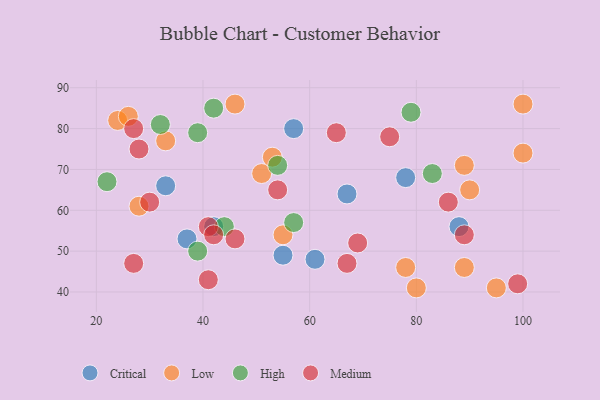
{"axis": {"x": "GDP", "y": "Life Expectancy"}, "legend": ["Critical", "High", "Low", "Medium"], "data": [{"x": "88", "y": 56, "type": "Critical"}, {"x": "78", "y": 68, "type": "Critical"}, {"x": "55", "y": 49, "type": "Critical"}, {"x": "37", "y": 53, "type": "Critical"}, {"x": "33", "y": 66, "type": "Critical"}, {"x": "42", "y": 56, "type": "Critical"}, {"x": "57", "y": 80, "type": "Critical"}, {"x": "61", "y": 48, "type": "Critical"}, {"x": "67", "y": 64, "type": "Critical"}, {"x": "55", "y": 54, "type": "Low"}, {"x": "51", "y": 69, "type": "Low"}, {"x": "100", "y": 86, "type": "Low"}, {"x": "95", "y": 41, "type": "Low"}, {"x": "33", "y": 77, "type": "Low"}, {"x": "24", "y": 82, "type": "Low"}, {"x": "28", "y": 61, "type": "Low"}, {"x": "89", "y": 46, "type": "Low"}, {"x": "78", "y": 46, "type": "Low"}, {"x": "90", "y": 65, "type": "Low"}, {"x": "26", "y": 83, "type": "Low"}, {"x": "100", "y": 74, "type": "Low"}, {"x": "89", "y": 71, "type": "Low"}, {"x": "53", "y": 73, "type": "Low"}, {"x": "46", "y": 86, "type": "Low"}, {"x": "80", "y": 41, "type": "Low"}, {"x": "22", "y": 67, "type": "High"}, {"x": "79", "y": 84, "type": "High"}, {"x": "32", "y": 81, "type": "High"}, {"x": "83", "y": 69, "type": "High"}, {"x": "44", "y": 56, "type": "High"}, {"x": "57", "y": 57, "type": "High"}, {"x": "39", "y": 79, "type": "High"}, {"x": "54", "y": 71, "type": "High"}, {"x": "39", "y": 50, "type": "High"}, {"x": "42", "y": 85, "type": "High"}, {"x": "41", "y": 56, "type": "Medium"}, {"x": "28", "y": 75, "type": "Medium"}, {"x": "99", "y": 42, "type": "Medium"}, {"x": "65", "y": 79, "type": "Medium"}, {"x": "27", "y": 47, "type": "Medium"}, {"x": "27", "y": 80, "type": "Medium"}, {"x": "75", "y": 78, "type": "Medium"}, {"x": "67", "y": 47, "type": "Medium"}, {"x": "54", "y": 65, "type": "Medium"}, {"x": "42", "y": 54, "type": "Medium"}, {"x": "46", "y": 53, "type": "Medium"}, {"x": "89", "y": 54, "type": "Medium"}, {"x": "86", "y": 62, "type": "Medium"}, {"x": "69", "y": 52, "type": "Medium"}, {"x": "41", "y": 43, "type": "Medium"}, {"x": "30", "y": 62, "type": "Medium"}]}